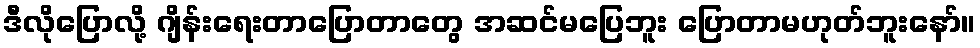
ဒီလိုပြောလို့ ဂျိန်းရေးတာပြောတာတွေ အဆင်မပြေဘူး ပြောတာမဟုတ်ဘူးနော်။